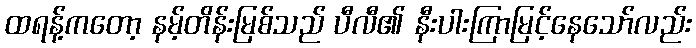
ထရန့်ကတော့ နမ့်တိန်းမြစ်သည် ပီလီ၏ နီးပါးကြာမြင့်နေသော်လည်း